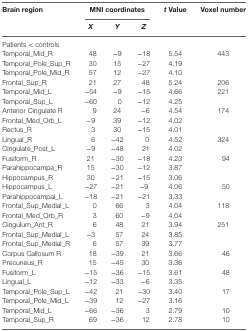
<table><thead><tr><td rowspan="2"><b>Brain region</b></td><td colspan="3"><b>MNI coordinates</b></td><td rowspan="2"><b><i>t</i> Value</b></td><td rowspan="2"><b>Voxel number</b></td></tr><tr><td><b><i>X</i></b></td><td><b><i>Y</i></b></td><td><b><i>Z</i></b></td></tr></thead><tbody><tr><td colspan="6">Patients &lt; controls</td></tr><tr><td>Temporal_Mid_R</td><td>48</td><td>−9</td><td>−18</td><td>5.54</td><td>443</td></tr><tr><td>Temporal_Pole_Sup_R</td><td>30</td><td>15</td><td>−27</td><td>4.19</td><td></td></tr><tr><td>Temporal_Pole_Mid_R</td><td>57</td><td>12</td><td>−27</td><td>4.10</td><td></td></tr><tr><td>Frontal_Sup_R</td><td>21</td><td>27</td><td>48</td><td>5.24</td><td>206</td></tr><tr><td>Temporal_Mid_L</td><td>−54</td><td>−9</td><td>−15</td><td>4.66</td><td>221</td></tr><tr><td>Temporal_Sup_L</td><td>−60</td><td>0</td><td>−12</td><td>4.25</td><td></td></tr><tr><td>Anterior Cingulate R</td><td>9</td><td>24</td><td>−6</td><td>4.54</td><td>174</td></tr><tr><td>Frontal_Med_Orb_L</td><td>−9</td><td>39</td><td>−12</td><td>4.02</td><td></td></tr><tr><td>Rectus_R</td><td>3</td><td>30</td><td>−15</td><td>4.01</td><td></td></tr><tr><td>Lingual_R</td><td>6</td><td>−42</td><td>0</td><td>4.52</td><td>324</td></tr><tr><td>Cingulate_Post_L</td><td>−9</td><td>−48</td><td>21</td><td>4.02</td><td></td></tr><tr><td>Fusiform_R</td><td>21</td><td>−30</td><td>−18</td><td>4.23</td><td>94</td></tr><tr><td>Parahippocampa_R</td><td>15</td><td>−30</td><td>−12</td><td>3.87</td><td></td></tr><tr><td>Hippocampus_R</td><td>30</td><td>−21</td><td>−15</td><td>3.06</td><td></td></tr><tr><td>Hippocampus_L</td><td>−27</td><td>−21</td><td>−9</td><td>4.06</td><td>50</td></tr><tr><td>Parahippocampal_L</td><td>−18</td><td>−21</td><td>−21</td><td>3.33</td><td></td></tr><tr><td>Frontal_Sup_Medial_L</td><td>0</td><td>66</td><td>3</td><td>4.04</td><td>118</td></tr><tr><td>Frontal_Med_Orb_R</td><td>3</td><td>60</td><td>−9</td><td>4.04</td><td></td></tr><tr><td>Cingulum_Ant_R</td><td>6</td><td>48</td><td>21</td><td>3.94</td><td>251</td></tr><tr><td>Frontal_Sup_Medial_L</td><td>−3</td><td>57</td><td>24</td><td>3.85</td><td></td></tr><tr><td>Frontal_Sup_Medial_R</td><td>6</td><td>57</td><td>39</td><td>3.77</td><td></td></tr><tr><td>Corpus Callosum R</td><td>18</td><td>−39</td><td>21</td><td>3.66</td><td>46</td></tr><tr><td>Precuneus_R</td><td>15</td><td>−45</td><td>30</td><td>3.36</td><td></td></tr><tr><td>Fusiform_L</td><td>−15</td><td>−36</td><td>−15</td><td>3.61</td><td>48</td></tr><tr><td>Lingual_L</td><td>−12</td><td>−33</td><td>−6</td><td>3.35</td><td></td></tr><tr><td>Temporal_Pole_Sup_L</td><td>−42</td><td>21</td><td>−30</td><td>3.40</td><td>17</td></tr><tr><td>Temporal_Pole_Mid_L</td><td>−39</td><td>12</td><td>−27</td><td>3.16</td><td></td></tr><tr><td>Temporal_Mid_L</td><td>−66</td><td>−36</td><td>3</td><td>2.79</td><td>10</td></tr><tr><td>Temporal_Sup_R</td><td>69</td><td>−36</td><td>12</td><td>2.78</td><td>10</td></tr></tbody></table>